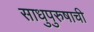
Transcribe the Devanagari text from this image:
साधुपुरुषाची